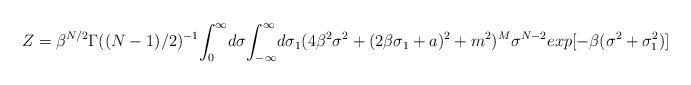
LaTeX: \begin{align*}Z = \beta^{N/2} \Gamma((N-1)/2)^{-1} {\LARGE\int_0^\infty} d\sigma {\LARGE\int_{-\infty}^\infty} d\sigma_1 ( 4 \beta^2 \sigma^2 + (2 \beta \sigma_1 + a ) ^2 + m^2 )^M \sigma^{N-2} exp[ -\beta (\sigma^2 + \sigma_1^2) ]\end{align*}